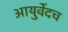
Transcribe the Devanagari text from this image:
आयुर्वेदच